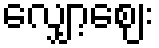
လျှော့ဈေး